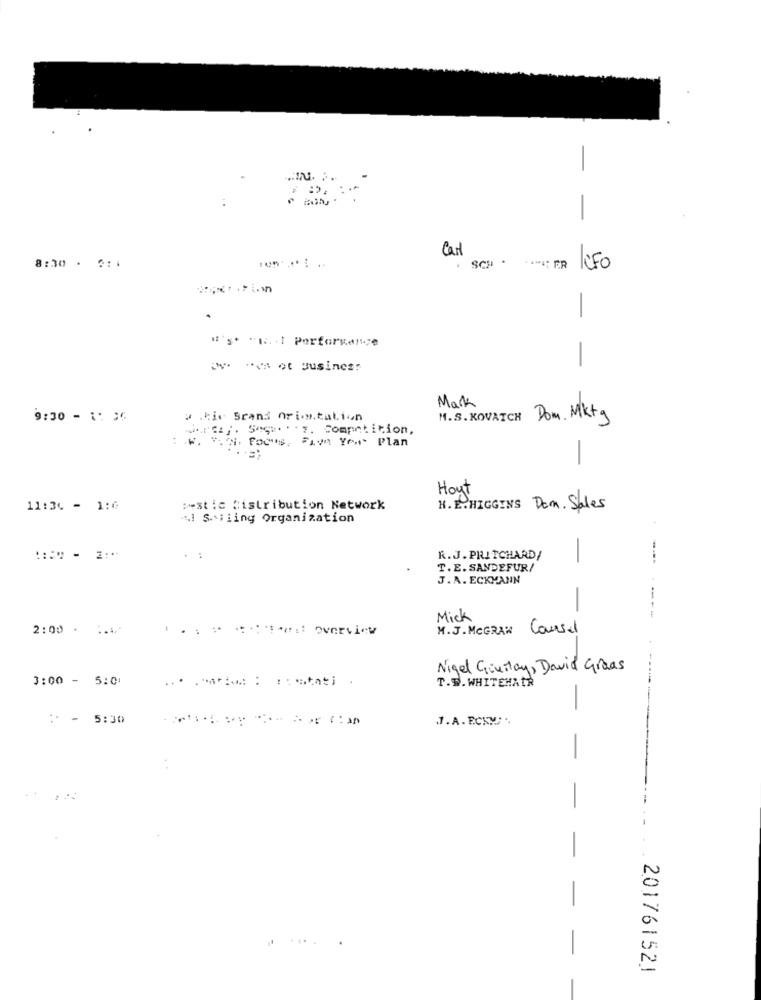
: ..
-
Cant
8:30 . 2:1
ICFO
-
:* * da ot Business
-
Mark
9:30 - 1: 3€
u .tic Srand ori .. talion
M.S. KOVAICH Dom. Mkta
WARE27. 5-6 ·· · 7. Competition,
W. V. N. Focus, Five You' Plan
-
Hout
11:34 - 1:0
Pestic distribution Network
N. E. HIGGINS Dem. Sales
41 Ssiling Organization
R.J. PRITCHARD/
-
T.E. SANDEFUR/
J.A. ECKMANN
-
Mick
--
2:00 . 1.
M.J.MCGRAW Counsel
Nigel Givitay, David Graas
3:00 - 5:01
T.D. WHITEHAIR
-
: - 5:30
.1.A. E.CKM; ..
-
-
201761521